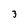
Character: 3